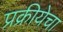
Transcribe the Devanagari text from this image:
प्रक्रीयेचा